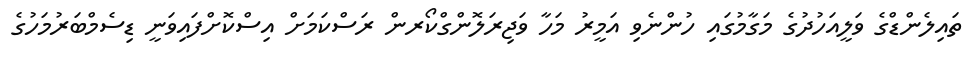
ތައިލެންޑްގެ ވަލީއަހުދުގެ މަގާމުގައި ހުންނެވި އަމީރު މަހާ ވަޖިރަލޮންގްކޯރން ރަސްކަމަށް އިސްކޮށްފައިވަނީ ޑިސެމްބަރުމަހުގެ